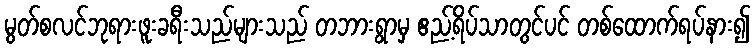
မွတ်စလင်ဘုရားဖူးခရီးသည်များသည် တဘားရွာမှ ဧည့်ရိပ်သာတွင်ပင် တစ်ထောက်ရပ်နား၍